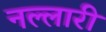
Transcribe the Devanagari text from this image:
नल्लारी